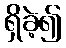
ရှိခဲ့၍